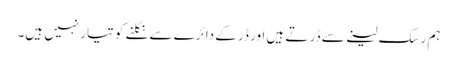
ہم رسک لینے سے ڈر تے ہیں اور ڈر کے دائرے سے نکلنے کو تیار نہیں ہیں۔